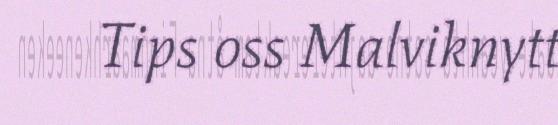
Tips oss Malviknytt